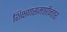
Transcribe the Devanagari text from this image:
शिक्षणसमाप्तीनंतर